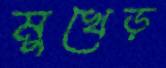
মুখেড়